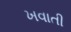
ખવાતી